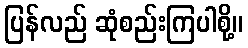
ပြန်လည် ဆုံစည်းကြပါစို့။